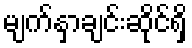
မျက်နှာချင်းဆိုင်ရှိ